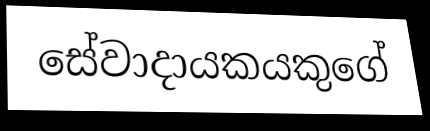
සේවාදායකයකුගේ